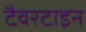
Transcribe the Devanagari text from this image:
टैवरटाइन